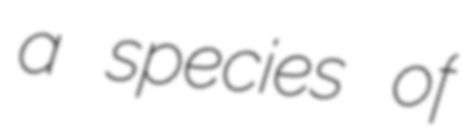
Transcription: a species of